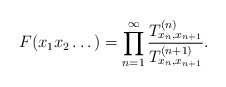
\begin{align*}F(x_1x_2\dots)=\prod_{n=1}^\infty\frac{T_{x_n,x_{n+1}}^{(n)}}{T_{x_n,x_{n+1}}^{(n+1)}}.\end{align*}